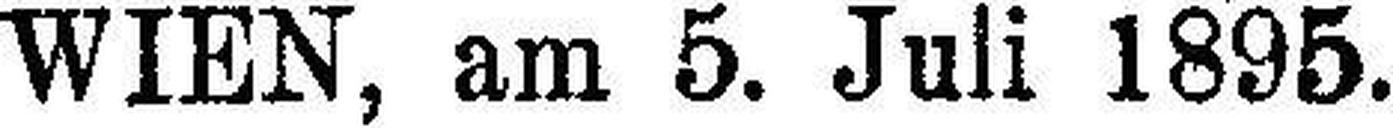
WIEN, am 5. Juli 1895.